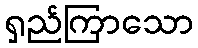
ရှည်ကြာသော